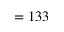
= 1 3 3